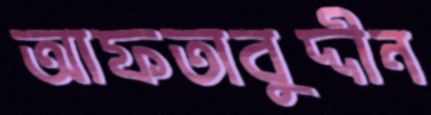
আফতাবুদ্দীন